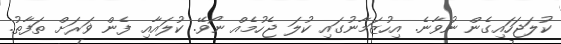
ކުލަޖަހައިގެން ނުވާނެ. އިހުޒަމާނުގައި ކުލަ ޖެހުމެއް ނޯވޭ. ކުލައާއި ފެން ޥަރަށް ތަފާތު.